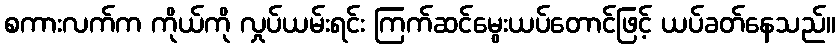
စကားလက်က ကိုယ်ကို လှုပ်ယမ်းရင်း ကြက်ဆင်မွေးယပ်တောင်ဖြင့် ယပ်ခတ်နေသည်။